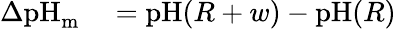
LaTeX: \begin{array}{rl}{\Delta\textrm{pH}_{\textrm{m}}}&{{}=\textrm{pH}(R+w)-\textrm{pH}(R)}\end{array}